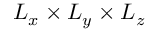
L _ { x } \times L _ { y } \times L _ { z }